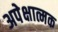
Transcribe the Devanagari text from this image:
अपेक्षात्मक